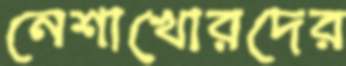
নেশাখোরদের